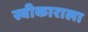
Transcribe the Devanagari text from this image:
स्वीकाराला